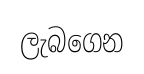
ලැබගෙන